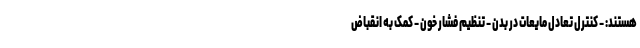
هستند: - کنترل تعادل مایعات در بدن - تنظیم فشار خون - کمک به انقباض